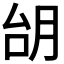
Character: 𪱜